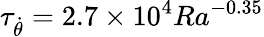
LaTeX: \tau_{\dot{\theta}}=2.7\times 10^{4}Ra^{-0.35}